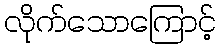
လိုက်သောကြောင့်